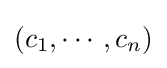
(c_{1},\cdots ,c_{n})